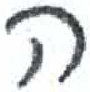
אות: ה